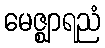
မေဇ္ဈာရညံ